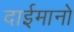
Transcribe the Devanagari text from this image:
दाईमानो